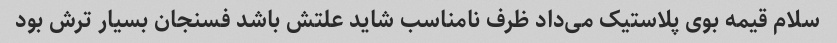
سلام قیمه بوی پلاستیک می‌داد ظرف نامناسب شاید علتش باشد فسنجان بسیار ترش بود